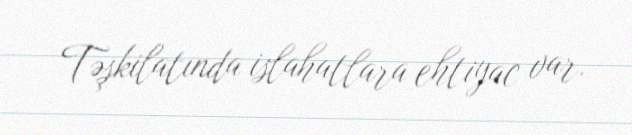
Təşkilatında islahatlara ehtiyac var.